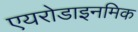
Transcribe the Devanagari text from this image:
एयरोडाइनमिक